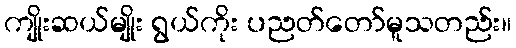
ကျိုးဆယ်မျိုး ရွယ်ကိုး ပညတ်တော်မူသတည်း။